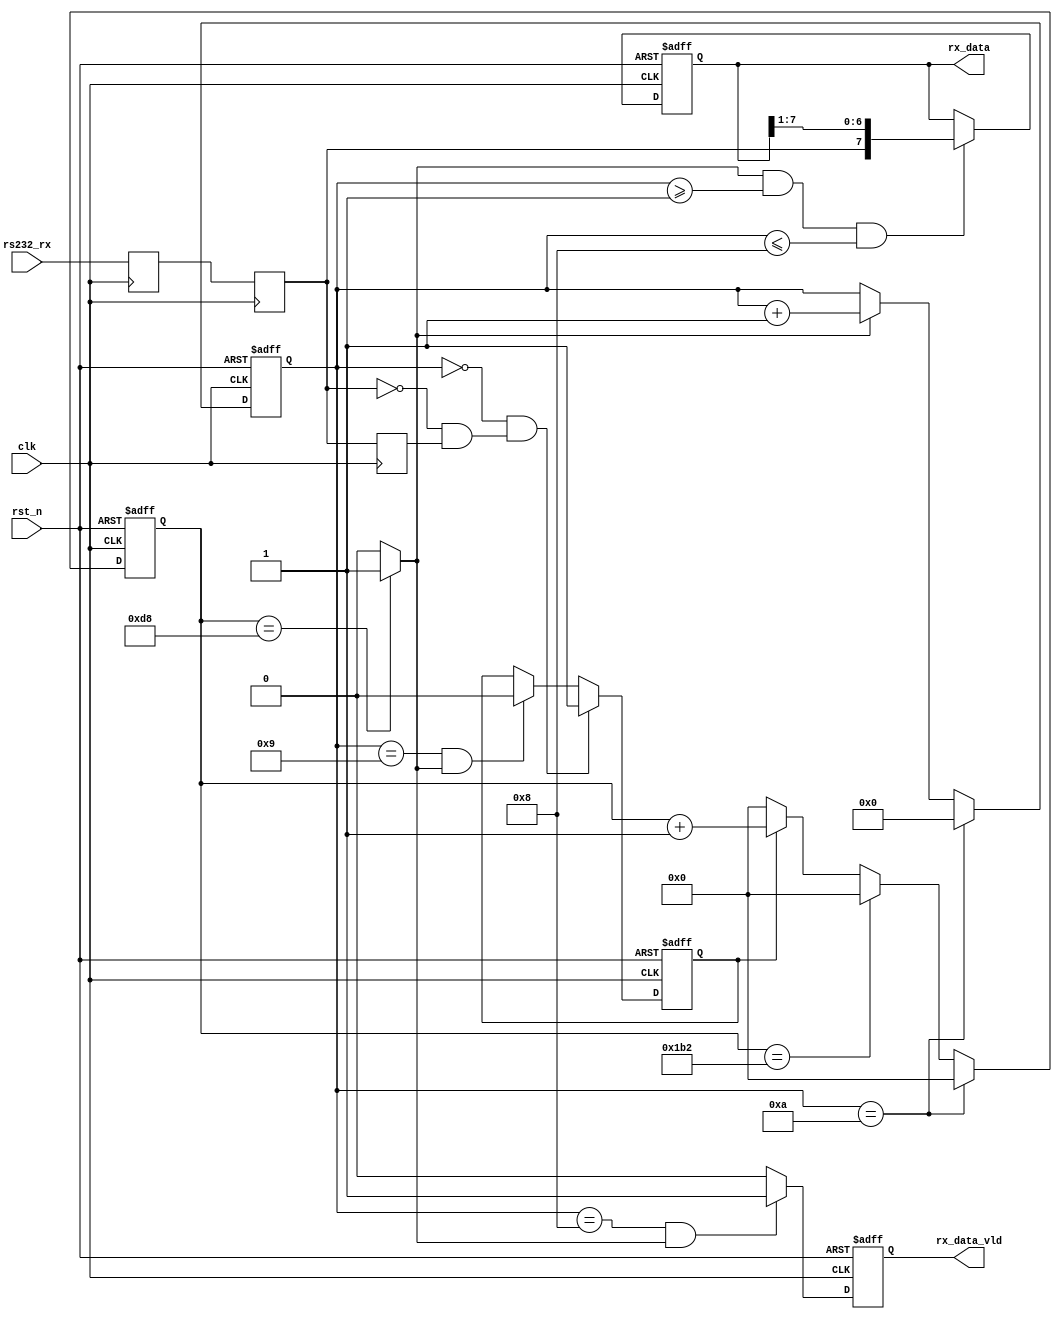
module  uart_rx(
        // system signals
        input                   clk                    ,
        input                   rst_n                 ,
        // UART Interface
        input                   rs232_rx                ,
        // WFIFO
        output 	reg         [ 7:0]  rx_data           ,
		output	reg				rx_data_vld			
);
//====================================================================\
// ********** Define Parameter and Internal Signals *************
//====================================================================/
localparam      BAUD_END        =       434                    ;
localparam      BAUD_M          =       BAUD_END/2 - 1          ;
localparam      BIT_END         =       10                       ;

reg                             rx_r1                           ;
reg                             rx_r2                           ;
reg                             rx_r3                           ;
reg                             rx_flag                         ;
reg     [12:0]                  baud_cnt                        ;
wire                            bit_tick                        ;
reg     [ 3:0]                  bit_cnt                         ;

wire                            rx_neg_flag                          ;
//=================================================================================
// ***************      Main    Code    ****************
//=================================================================================
assign  rx_neg_flag  =       ~rx_r2 & rx_r3;

always  @(posedge clk) begin
        rx_r1   <=      rs232_rx;
        rx_r2   <=      rx_r1;
        rx_r3   <=      rx_r2;
end

always  @(posedge clk or negedge rst_n) begin
        if(rst_n == 1'b0)
                rx_flag <=      1'b0;
        else if(bit_cnt == 0 && rx_neg_flag == 1'b1)
                rx_flag <=      1'b1;
        else if(bit_cnt == BIT_END-1 && bit_tick == 1'b1)
                rx_flag <=      1'b0;
end

always  @(posedge clk or negedge rst_n) begin
        if(rst_n == 1'b0)
                baud_cnt        <=      'd0;
        else if(bit_cnt == BIT_END)
                baud_cnt        <=      'd0;
        else if(baud_cnt == BAUD_END)
                baud_cnt        <=      'd0;
        else if(rx_flag == 1'b1)
                baud_cnt        <=      baud_cnt + 1'b1;
        else
                baud_cnt        <=      'd0;
end

assign bit_tick	=	baud_cnt == BAUD_M?1'b1:1'b0;

always  @(posedge clk or negedge rst_n) begin
        if(rst_n == 1'b0)
                bit_cnt <=      'd0;
        else if(bit_cnt == BIT_END) 
                bit_cnt <=      'd0;
        else if(bit_tick == 1'b1)
                bit_cnt <=      bit_cnt + 1'b1;
end


always  @(posedge clk or negedge rst_n) begin
        if(rst_n == 1'b0)
                rx_data <=      'd0;
        else if(bit_tick == 1'b1 && bit_cnt >= 'd1 && bit_cnt <= 'd8)
                rx_data <=      {rx_r2, rx_data[7:1]};
end

always  @(posedge clk or negedge rst_n) begin
        if(rst_n == 1'b0)
                rx_data_vld <=      1'b0;
        else if(bit_cnt == 8 && bit_tick == 1'b1)
                rx_data_vld <=      1'b1;
        else
                rx_data_vld <=      1'b0;
end

endmodule